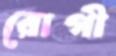
রোগী